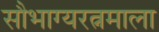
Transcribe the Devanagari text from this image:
सौभाग्यरत्नमाला